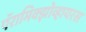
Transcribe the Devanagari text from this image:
पॅरामिक्झोव्हायरस